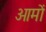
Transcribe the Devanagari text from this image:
ओमों